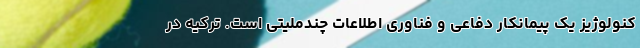
کنولوژیز یک پیمانکار دفاعی و فناوری اطلاعات چندملیتی است. ترکیه در